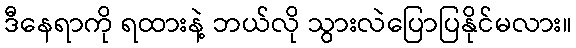
ဒီနေရာကို ရထားနဲ့ ဘယ်လို သွားလဲပြောပြနိုင်မလား။